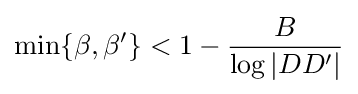
\min\{\beta ,\beta '\}<1-{\frac {B}{\log |DD'|}}